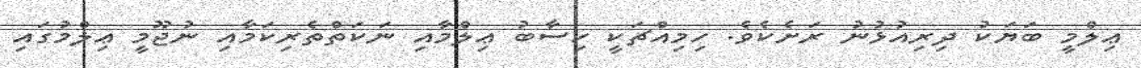
ޢިލްމީ ބަޔަކު ދިރިއުޅުނު ރަށެކެވެ. ހިމިއްޗަކީ ހިސާބު ޢިލްމާއި ނަކަތްތެރިކަމާއި ނުޖޫމީ ޢިލްމުގައި